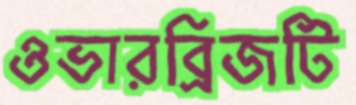
ওভারব্রিজটি